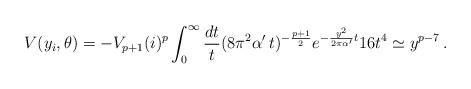
LaTeX: \begin{align*}V(y_i,\theta) = - V_{p+1} (i)^p \int_0^\infty \frac{dt}{t}(8 \pi^2\alpha'\,t)^{-\frac{p+1}{2}} e^{-\frac{y^2}{2 \pi \alpha'}t} 16 t^4\simeq y^{p-7}\,.\end{align*}